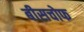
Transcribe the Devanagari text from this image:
बीसचोफ